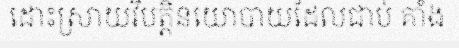
ដោះស្រាយវិបត្តិនយោបាយដែលជាប់ គាំង